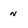
Character: n